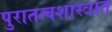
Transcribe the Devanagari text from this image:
पुरातत्वशास्त्रात